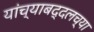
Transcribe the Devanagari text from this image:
यांच्याबद्दलच्या